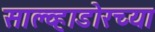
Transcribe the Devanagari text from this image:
साल्व्हाडोरच्या